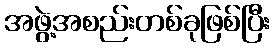
အဖွဲ့အစည်းတစ်ခုဖြစ်ပြီး